Leaving Certificate Examination (including Day School Certificate (Higher) General paper), 1938
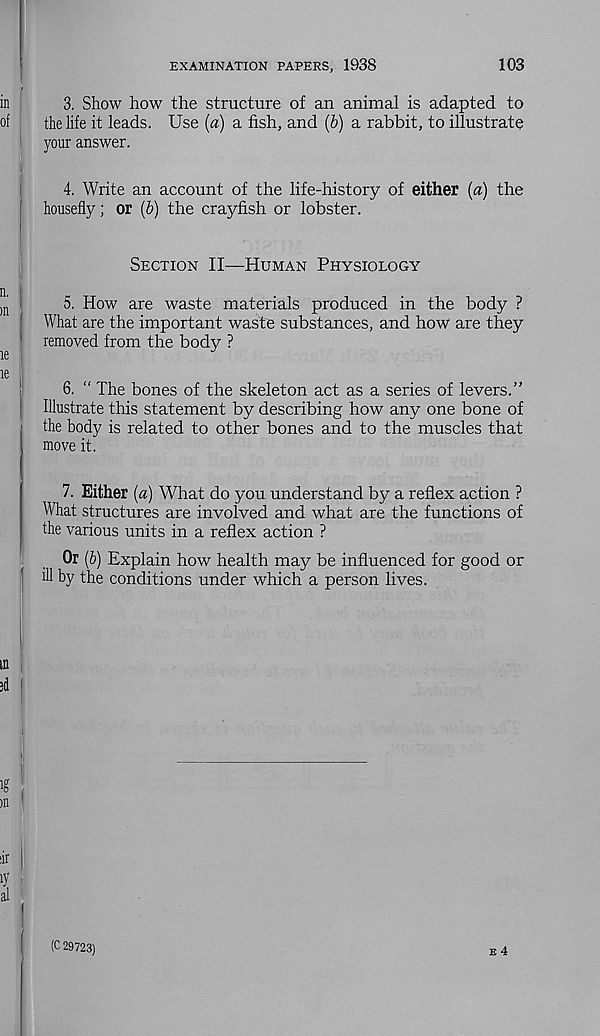
EXAMINATION PAPERS, 1938
103
3. Show how the structure of an animal is adapted to
the life it leads. Use [a) a fish, and (6) a rabbit, to illustrate
your answer.
4. Write an account of the life-history of either [a) the
housefly; or (6) the crayfish or lobster.
Section II—Human Physiology
5. How are waste materials produced in the body ?
What are the important waste substances, and how are they
removed from the body ?
6. “ The bones of the skeleton act as a series of levers.”
Illustrate this statement by describing how any one bone of
the body is related to other bones and to the muscles that
move it.
7. Either [a) What do you understand by a reflex action ?
What structures are involved and what are the functions of
the various units in a reflex action ?
Or (6) Explain how health may be influenced for good or
ill by the conditions under which a person lives.
(
I I
E 4
(C 29723)